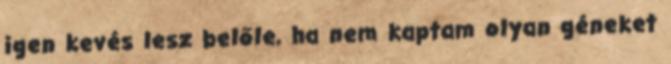
igen kevés lesz belőle, ha nem kaptam olyan géneket